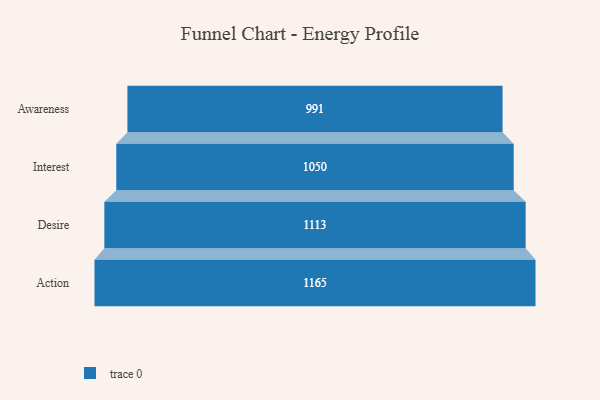
{"axis": {"x": "Stage", "y": "Value"}, "legend": [""], "data": [{"x": "Awareness", "y": 991.0, "type": ""}, {"x": "Interest", "y": 1050.0, "type": ""}, {"x": "Desire", "y": 1113.0, "type": ""}, {"x": "Action", "y": 1165.0, "type": ""}]}